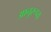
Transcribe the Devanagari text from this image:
आनुरूप्य